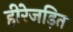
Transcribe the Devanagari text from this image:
हीरेजड़ित